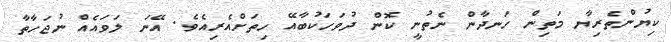
ކިޔުންތެރިޔާ މަތިން ހަނދާން ނެތުނީ ކޮން ދުވަހަކުބާއޭ ހިތަށްއެރިއެވެ. އޭނަ ލަވައެއް ނުޖަހާތާ